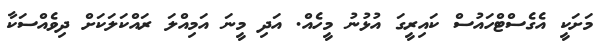
މަށަކީ އެގެސްޓްހައުސް ކައިރީގަ އުޅުނު މީހެއް. އަދި މީނަ އަމިއްލަ ރައްކަލަކަށް ދިވެއްސަކާ